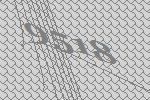
9518